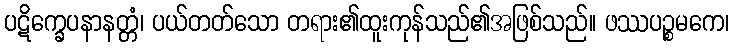
ပဋိက္ခေပနာနတ္တံ၊ ပယ်တတ်သော တရား၏ထူးကုန်သည်၏အဖြစ်သည်။ ဖဿပဉ္စမကေ၊